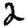
Digit: 2